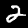
Label: 2